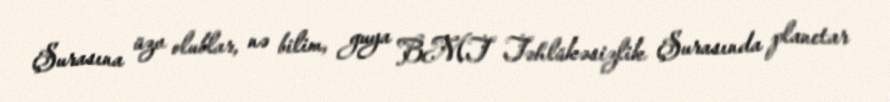
Şurasına üzv olublar, nə bilim, guya BMT Təhlükəsizlik Şurasında planetar